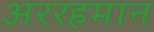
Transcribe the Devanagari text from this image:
अररहमान